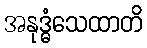
အနုဒ္ဓံသေထာတိ